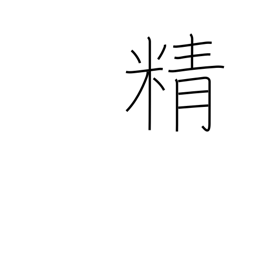
Meaning: energy